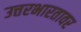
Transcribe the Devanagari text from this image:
उत्तरभारतावर